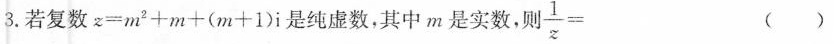
3.若复数$$z = m ^ { 2 } + m + ( m + 1 ) i$$是 纯 虚 数 ， 其 中m是 实 数 ， 则$$\frac { 1 } { z } =()$$